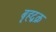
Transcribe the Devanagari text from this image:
बृहद्वक्र